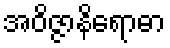
အဝိဇ္ဇာနိရောဓာ